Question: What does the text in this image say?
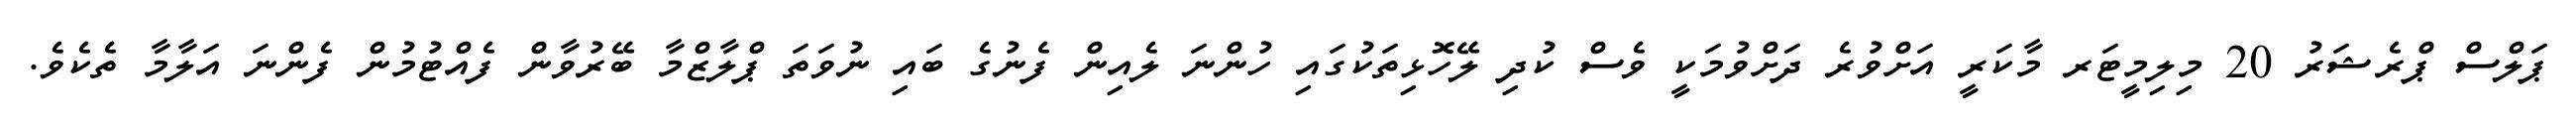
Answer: ޕަލްސް ޕްރެޝަރު 20 މިލިމީޓަރ މާކަރީ އަށްވުރެ ދަށްވުމަކީ ވެސް ކުދި ލޭހޮޅިތަކުގައި ހުންނަ ލެއިން ފެނުގެ ބައި ނުވަތަ ޕްލާޒްމާ ބޭރުވާން ފެއްޓުމުން ފެންނަ އަލާމާ ތެކެވެ.